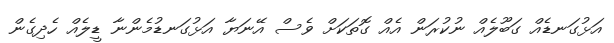
އަޅުގަނޑެއް ގަބޫލެއް ނުކުރަން އެއް ގޮތަކަށް ވެސް އޭނަޔާ އަޅުގަނޑުމެންނާ ޑީލެއް ހެދިގެން